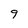
Character: 9